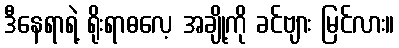
ဒီနေရာရဲ့ ရိုးရာဓလေ့ အချို့ကို ခင်ဗျား မြင်လား။